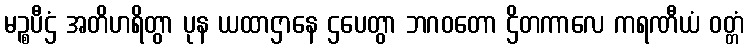
မဉ္စပီဌံ အတိဟရိတွာ ပုန ယထာဌာနေ ဌပေတွာ ဘဂဝတော ဌိတကာလေ ကရဏီယံ ဝတ္တံ